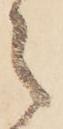
之